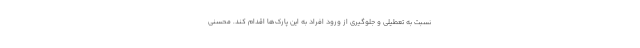
نسبت به تعطیلی و جلوگیری از ورود افراد به این پارک‌ها اقدام کند. محسنی